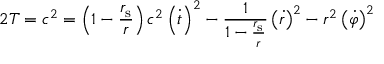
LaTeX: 2 T = c ^ { 2 } = \left( 1 - { \frac { r _ { \mathrm { { s } } } } { r } } \right) c ^ { 2 } \left( { \dot { t } } \right) ^ { 2 } - { \frac { 1 } { 1 - { \frac { r _ { \mathrm { { s } } } } { r } } } } \left( { \dot { r } } \right) ^ { 2 } - r ^ { 2 } \left( { \dot { \varphi } } \right) ^ { 2 }